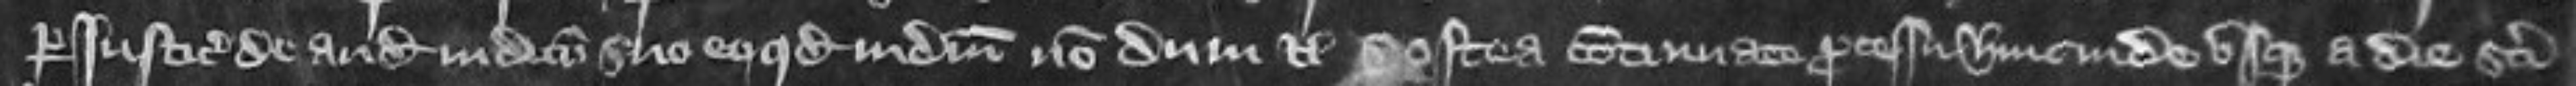
per justiciarios de audiendo judicio suo eo quod judicium nondum etc Postea continuato processu hinc inde usque a die Sancti